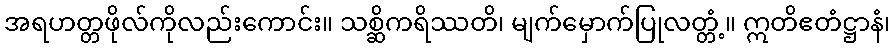
အရဟတ္တဖိုလ်ကိုလည်းကောင်း။ သစ္ဆိကရိဿတိ၊ မျက်မှောက်ပြုလတ္တံ့။ ဣတိဧတံဋ္ဌာနံ၊